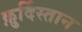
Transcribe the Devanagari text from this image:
क़ुर्दिस्तान